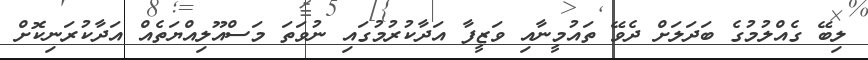
ލިބޭ ގެއްލުމުގެ ބަދަލަށް ދެވޭ ތައުމީނާއި ވަޒީފާ އަދާކުރުމުގައި ނުވަތަ މަސްއޫލިއްޔަތެއް އަދާކުރަނިކޮށް